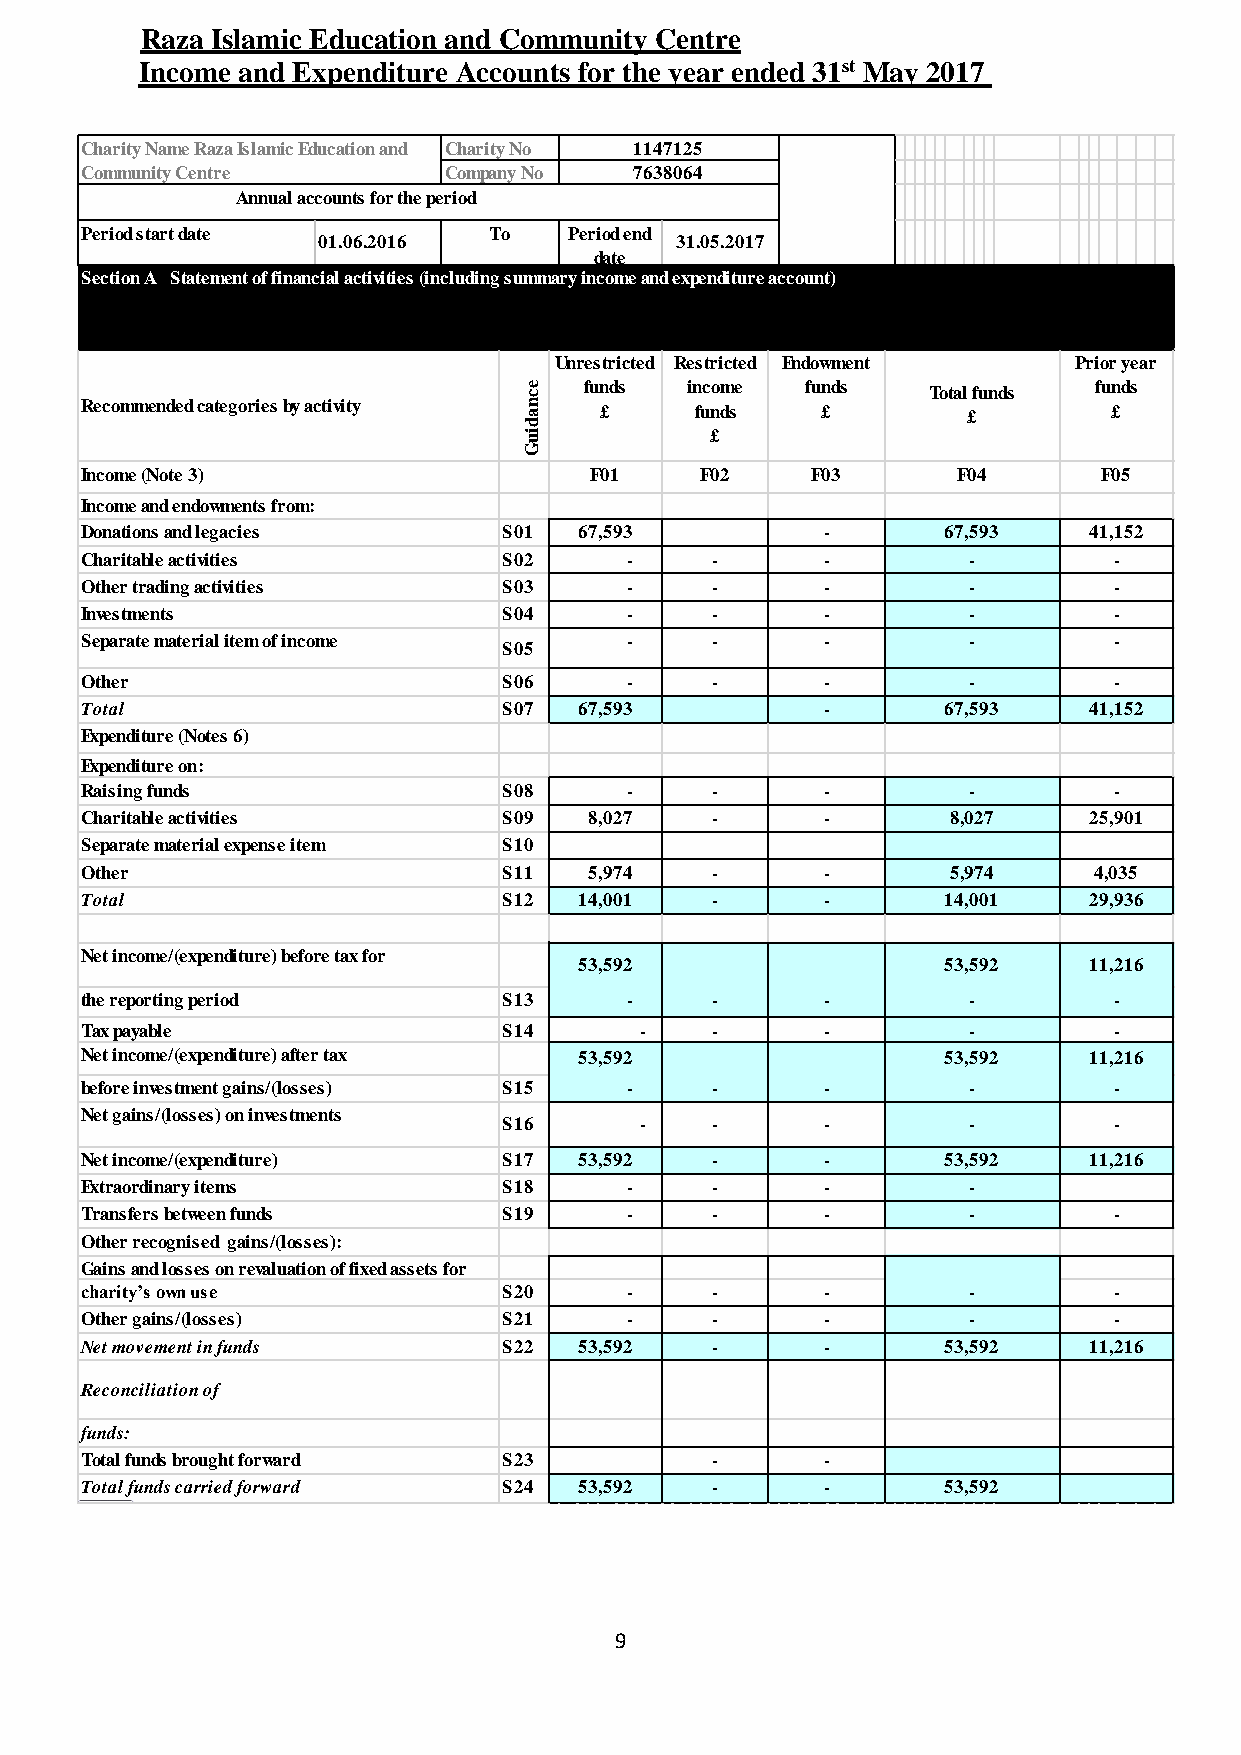
Raza Islamic Education and Community Centre
 Income and Expenditure Accounts for the year ended 31st May 2017
 Charity Name Raza Islamic Education and Charity No 1147125
 Community Centre        Company No   7638064
 Annual accounts for the period
 Period start date          To    Period end
 01.06.2016              31.05.2017
 date
 Section A Statement of financial activities (including summary income and expenditure account)
 Unrestricted Restricted Endowment Prior year
 ce  funds income  funds   Total funds funds
 Recommended categories by activity an £  funds   £         £         £
 d
 ui          £
 G
 Income (Note 3)                   F01    F02     F03      F04       F05
 Income and endowments from:
 Donations and legacies      S01  67,593           -       67,593   41,152
 Charitable activities       S02      -    -       -        -         -
 Other trading activities    S03      -    -       -        -         -
 Investments                 S04      -    -       -        -         -
 Separate material item of income     -    -       -        -         -
 S05
 Other                       S06      -    -       -        -         -
 Total                       S07  67,593           -       67,593   41,152
 Expenditure (Notes 6)
 Expenditure on:
 Raising funds               S08      -    -       -        -         -
 Charitable activities       S09   8,027   -       -       8,027    25,901
 Separate material expense item S10
 Other                       S11   5,974   -       -       5,974    4,035
 Total                       S12  14,001   -       -       14,001   29,936
 Net income/(expenditure) before tax for
 53,592                   53,592   11,216
 the reporting period        S13      -    -       -        -         -
 Tax payable                 S14      -    -       -        -         -
 Net income/(expenditure) after tax 53,592                 53,592   11,216
 before investment gains/(losses) S15 -    -       -        -         -
 Net gains/(losses) on investments
 S16      -    -       -        -         -
 Net income/(expenditure)    S17  53,592   -       -       53,592   11,216
 Extraordinary items         S18      -    -       -        -
 Transfers between funds     S19      -    -       -        -         -
 Other recognised gains/(losses):
 Gains and losses on revaluation of fixed assets for
 charity’s own use           S20      -    -       -        -         -
 Other gains/(losses)        S21      -    -       -        -         -
 Net movement in funds       S22  53,592   -       -       53,592   11,216
 Reconciliation of
 funds:
 Total funds brought forward S23           -       -
 Total funds carried forward S24  53,592   -       -       53,592
 9